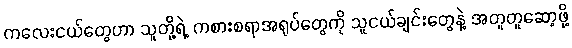
ကလေးငယ်တွေဟာ သူတို့ရဲ့ ကစားစရာအရုပ်တွေကို သူငယ်ချင်းတွေနဲ့ အတူတူဆော့ဖို့